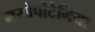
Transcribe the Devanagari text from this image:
मसोपोटेमिया